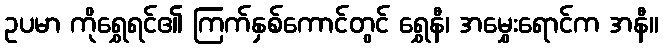
ဥပမာ ကိုရွှေရင်၏ ကြက်နှစ်ကောင်တွင် ရွှေနီ၊ အမွှေးရောင်က အနီ။